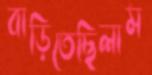
বাড়িতেছিলাম